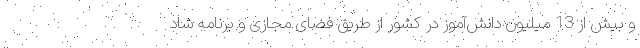
و بیش از 13 میلیون دانش‌آموز در کشور از طریق فضای مجازی و برنامه شاد